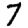
Digit: 7